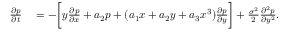
\begin{array} { r l } { \frac { \partial p } { \partial t } } & { { } = - \bigg [ y \frac { \partial p } { \partial x } + a _ { 2 } p + ( a _ { 1 } x + a _ { 2 } y + a _ { 3 } x ^ { 3 } ) \frac { \partial p } { \partial y } \bigg ] + \frac { \sigma ^ { 2 } } { 2 } \frac { \partial ^ { 2 } p } { \partial y ^ { 2 } } . } \end{array}